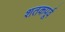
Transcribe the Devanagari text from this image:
शतकपूर्व